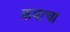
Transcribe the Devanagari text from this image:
क़बाचा